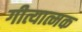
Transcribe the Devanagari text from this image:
गीत्यात्मक